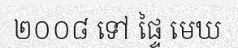
២០០៨ ទៅ ផ្ទៃ មេឃ